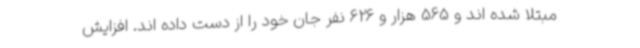
مبتلا شده اند و 565 هزار و 626 نفر جان خود را از دست داده اند. افزایش